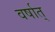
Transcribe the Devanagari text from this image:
वर्षात्